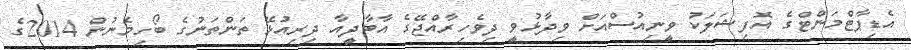
އެޑިޕާޓްމަންޓްގެ އޮފިޝަލަކު ވީނިއުސްއަށް ވިދާޅުވީ ދިވެހިރާއްޖޭގެ އާބާދީއާ ދިރިއުޅޭ ތަންތަނުގެ ބޯހިމެނުން 2014ގެ